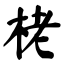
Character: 栳